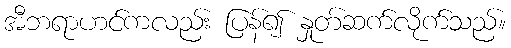
အီဘရာဟင်ကလည်း ပြန်၍ နှုတ်ဆက်လိုက်သည်။